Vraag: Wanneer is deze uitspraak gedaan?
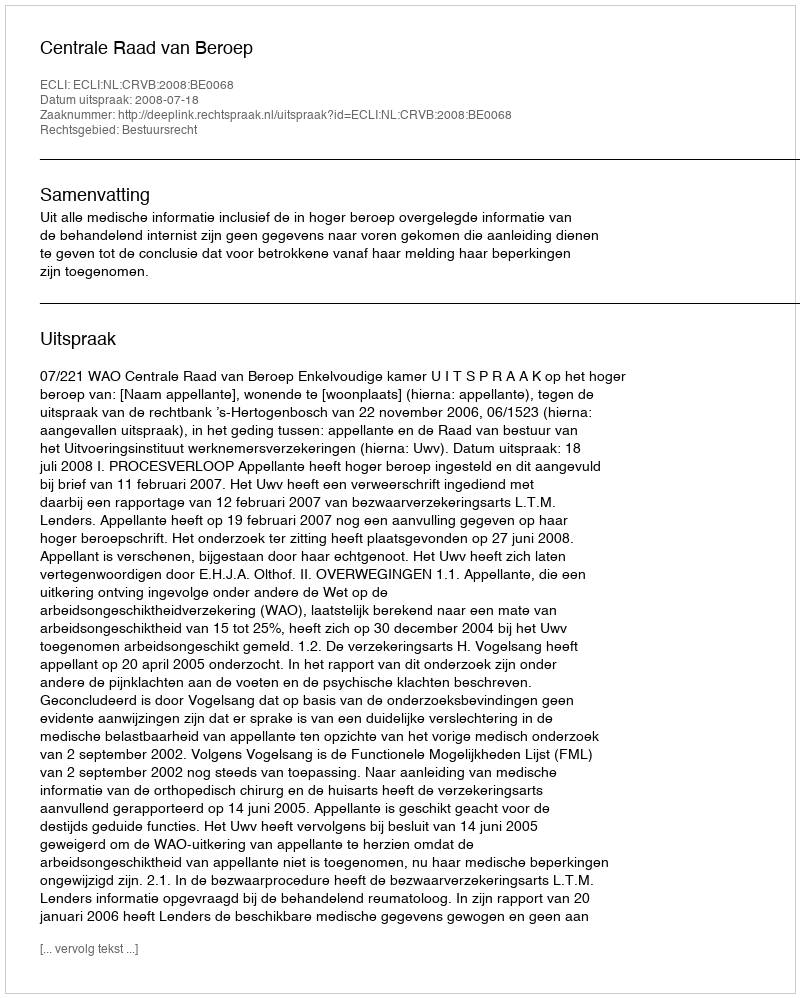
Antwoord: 2008-07-18